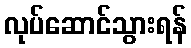
လုပ်ဆောင်သွားရန်